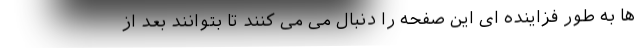
ها به طور فزاینده ای این صفحه را دنبال می می کنند تا بتوانند بعد از